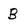
Character: B